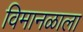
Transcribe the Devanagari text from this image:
विमानळाला